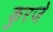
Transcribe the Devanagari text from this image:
कुरजे